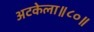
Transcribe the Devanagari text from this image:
अटकेला॥८०॥